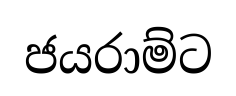
ජයරාම්ට